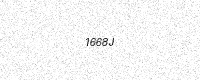
Text: 1668J